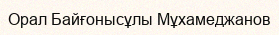
Орал Байғонысұлы Мұхамеджанов